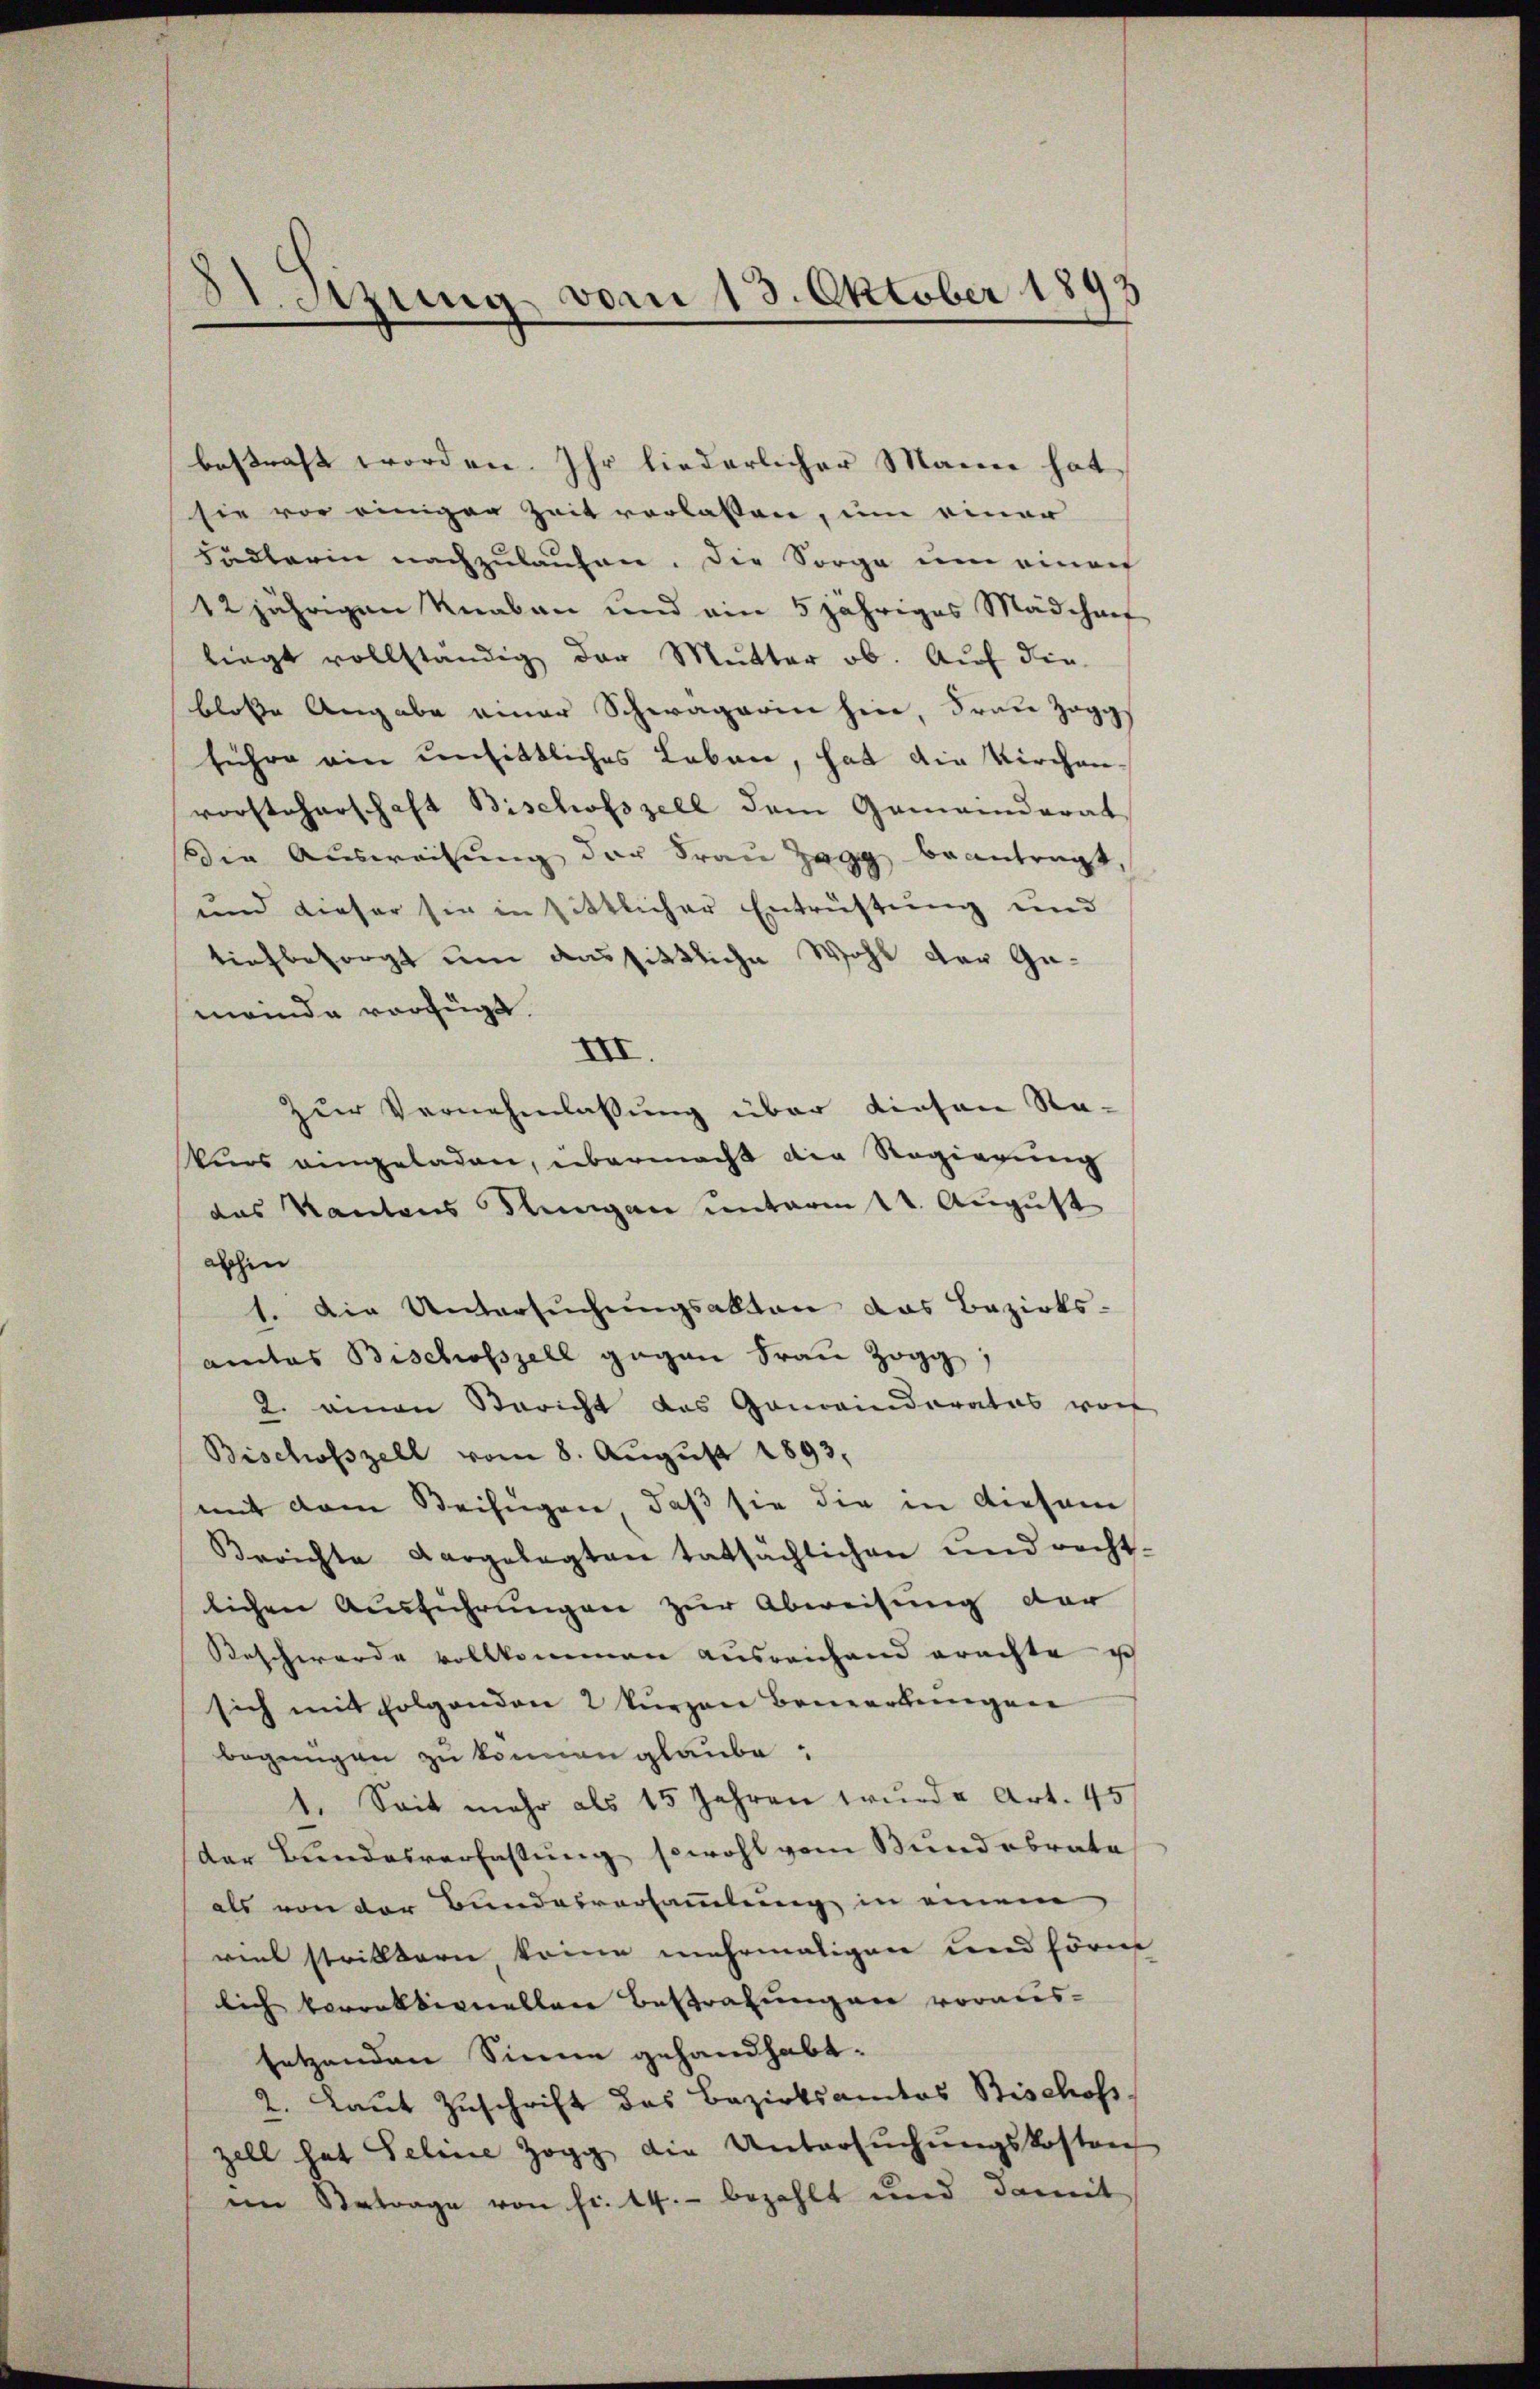
31. Setzung vom 13. Oktober 1892

bestraft worden. Ihr liederlicher Manne hat
sie vor einiger Zeit verlassen, um einer
Fädlerin nachzulaufen. Die Sorge um eine
12jährigen Knaben und ain 5 jähriges Mädcharf
liegt vollständig der Mutter ob. Auf die
blose Angabe einer Schwägerin hin, Frau Zoggs
führe ein unsittliches Leben, hat die Kirchen-
vorsteherschaft Bischofszell dem Gemeinderat
die Ausweisung der Frau Zagg beantragt,
und dieser sie in sittlicher Entrüstung und
tiefbesorgt um aussittliche Wohl der Ge-
meinde verfügt.
XII.
zur Vernehmlassung über diesen Ra-
kurs angeladen, übermacht die Regierung
das Kantons Stungen unterm 14. August
abhin
1. Die Untersuchungsakten das Bezirks-
amtes Bischofszell gegen Frau Zogg,
2. einen Bericht das Gemeinderates vorf
Bischofszell vom 8. Aŭgŭst 1893.
mit dem Beifügen, daß sie die in diesem
Berichte dargelegten tatsächlichen und recht-
lichen Ausführungen zur Abweisung der
Beschwerde vollkommen ausreichend erachte ich
sich mit folgenden 2 kŭrzen Bemerkungen
begnügen zu können glaube,
Seit mehr als 15 Jahren wurd u Art. 45
.
der Bundesverfassung sowohl vom Bund abrate
als von der Bundesversammlung in einem
viel strittern keine mehrmaligen und förm
lich korrektionellen Bestrafungen voraus-
setzenden Sinne gehandhabt.
2. Laut Zuschrift das Bezirksamtos Bischofs-
zell hat Seline Zogg die Untersŭchŭngskosten
im Betrage von fr. 14.- bezahlt und damit